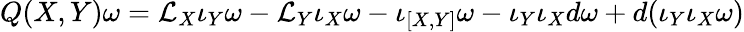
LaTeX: Q(X,Y)\omega={\cal L}_{X}\iota_{Y}\omega-{\cal L}_{Y}\iota_{X}\omega-\iota_{[X,Y]}\omega-\iota_{Y}\iota_{X}d\omega+d(\iota_{Y}\iota_{X}\omega)